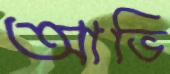
আভি